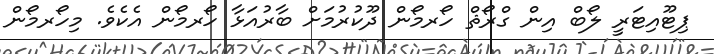
ޕިޓޫއިޓަރީ ލޯބް އިން ގްރޯޘް ހޯރމޯން ދޫކުރުމަށް ބާރުއަޅާ ހޯރމޯން އެކެވެ. މިހޯރމޯން